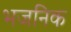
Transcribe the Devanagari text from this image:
भजनिक